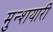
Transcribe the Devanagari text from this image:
मुन्शयारी